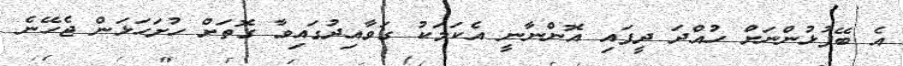
އެ ބޭފުޅުންނަށް ހުއްދަ ދީފައި އޮންނާނީ އެކަމަކު ގަވާއިދުގައިވާ ގޮތަށް ހުށަހަޅަން ޖެހޭނެ